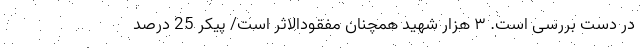
در دست بررسی است. ۳ هزار شهید همچنان مفقودالاثر است/ پیکر 25 درصد